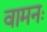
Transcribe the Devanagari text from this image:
वामनः